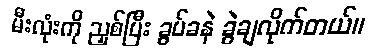
မီးလုံးကို ညှစ်ပြီး ခွပ်ခနဲ ခွဲချလိုက်တယ်။